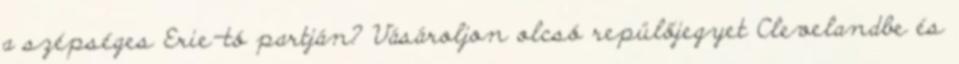
a szépséges Erie-tó partján? Vásároljon olcsó repülőjegyet Clevelandbe és